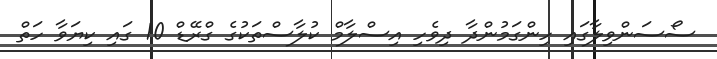
ސޯސަންވިލާގައި ހިންގަމުންދާ ދިވެހި އިސްލާމް ކުލާސްތަކުގެ ގްރޭޑް 10 ގައި ކިޔަވާ ހަތް